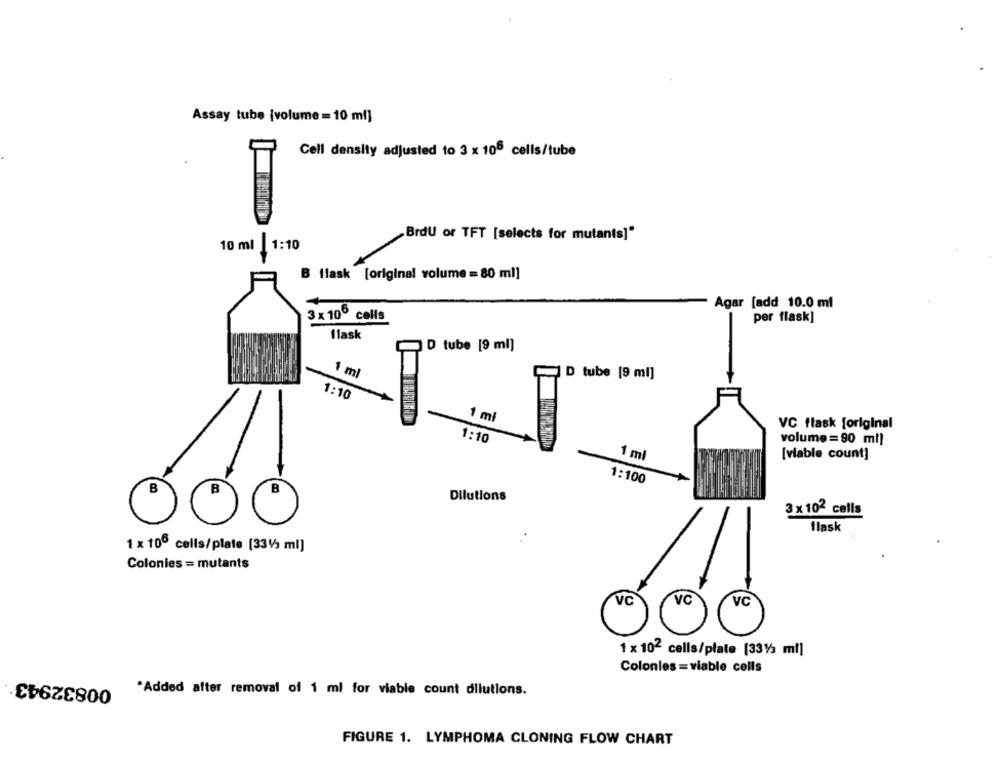
Assay tube [volume = 10 ml]
Cell density adjusted to 3 x 106 cells/tube
BrdU or TFT [selects for mutants]"
10 ml |1:10
B flask [original volume = 80 ml]
Agar [add 10.0 ml
3 x 10º cells
per flask]
Ilask
D tube [9 ml]
1 ml
CD tube [9 ml]
1:10
1 ml
VC flask [original
1:10
volume = 90 ml)
1 ml
[viable count]
1:100
B
B
Dilutions
3 x 102 calls
flask
1 x 106 cells/plate [3313 ml]
Colonies = mutants
VC
VC
VC
1 x 102 cells/plate [331/3 mf]
Colonles = viable cells
00832943
*Added after removal of 1 ml for viable count dilutions.
FIGURE 1. LYMPHOMA CLONING FLOW CHART